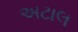
અટાલ